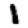
Digit: 1